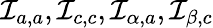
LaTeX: {\mathcal{I}}_{a,a},{\mathcal{I}}_{c,c},{\mathcal{I}}_{\alpha,a},{\mathcal{I}}_{\beta,c}